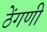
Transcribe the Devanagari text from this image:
ठेंगणी